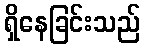
ရှိနေခြင်းသည်